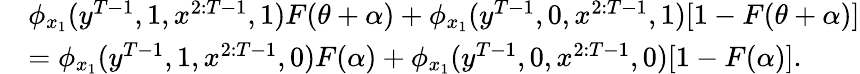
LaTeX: \begin{array}{rl}&{\phi_{x_{1}}(y^{T-1},1,x^{2:T-1},1)F(\theta+\alpha)+\phi_{x_{1}}(y^{T-1},0,x^{2:T-1},1)[1-F(\theta+\alpha)]}\\ &{=\phi_{x_{1}}(y^{T-1},1,x^{2:T-1},0)F(\alpha)+\phi_{x_{1}}(y^{T-1},0,x^{2:T-1},0)[1-F(\alpha)].}\end{array}